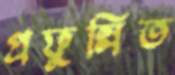
প্রফুল্লিত